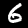
Label: 6